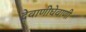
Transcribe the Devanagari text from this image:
देवाणीघेवाणी